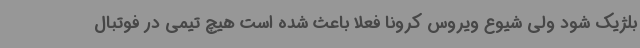
بلژیک شود ولی شیوع ویروس کرونا فعلا باعث شده است هیچ تیمی در فوتبال